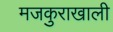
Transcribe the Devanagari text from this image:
मजकुराखाली